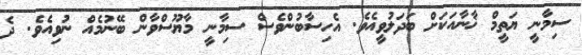
ސިމާނީ ޔަތީމް ޚާނާއަކަށް ބަދަލުވީއެވެ. އެހިސާބުންވެސް ސިމާނީ މާޔޫސްވާން ބޭނުމެއް ނުވިއެވެ. ދެ